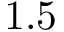
1 . 5